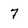
Character: 7